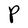
Character: P